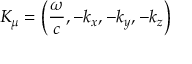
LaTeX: K _ { \mu } = \left( { \frac { \omega } { c } } , - k _ { x } , - k _ { y } , - k _ { z } \right)